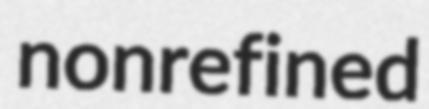
nonrefined